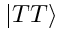
| T T \rangle